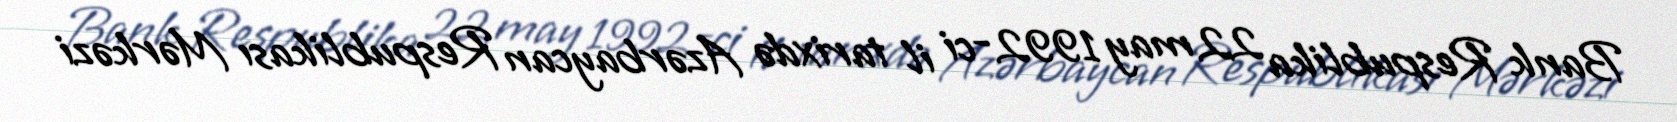
Bank Respublika 22 may 1992-ci il tarixdə Azərbaycan Respublikası Mərkəzi